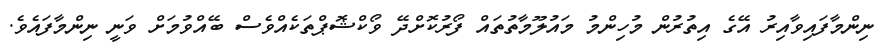
ނިންމާފައިވާއިރު އޭގެ އިތުރުން މުހިންމު މައުލޫމާތުތައް ފޯރުކޮށްދޭ ވޯކްޝޮޕްތަކެއްވެސް ބޭއްވުމަށް ވަނީ ނިންމާފައެވެ.